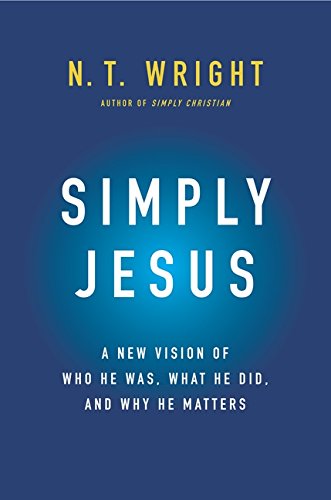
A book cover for Simply Jesus: A New Vision of Who He Was, What He Did, and Why He Matters; N. T. Wright; Christian Books & Bibles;